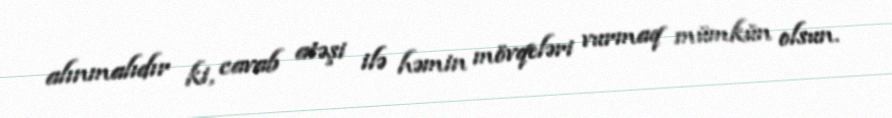
alınmalıdır ki, cavab atəşi ilə həmin mövqeləri vurmaq mümkün olsun.